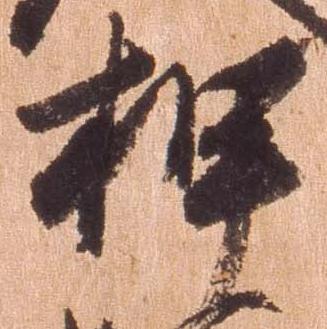
押